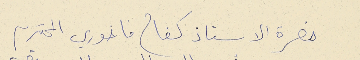
حضرة الاستاذ كفاح فاخوري المحترم